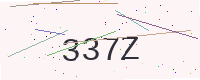
Text: 337Z